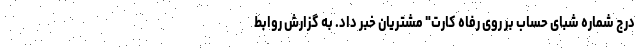
درج شماره شبای حساب بر روی رفاه کارت" مشتریان خبر داد. به گزارش روابط